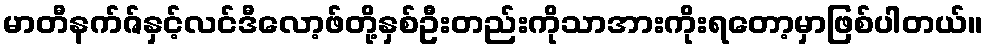
မာတီနက်ဇ်နှင့်လင်ဒီလော့ဖ်တို့နှစ်ဦးတည်းကိုသာအားကိုးရတော့မှာဖြစ်ပါတယ်။